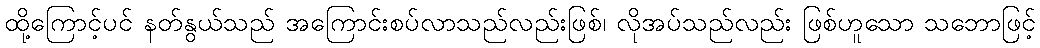
ထို့ကြောင့်ပင် နတ်နွယ်သည် အကြောင်းစပ်လာသည်လည်းဖြစ်၊ လိုအပ်သည်လည်း ဖြစ်ဟူသော သဘောဖြင့်